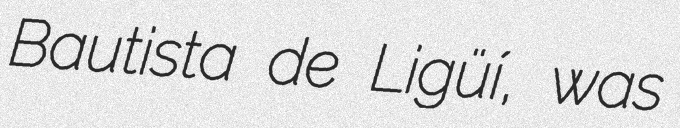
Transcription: Bautista de Ligüí, was